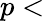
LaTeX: p<